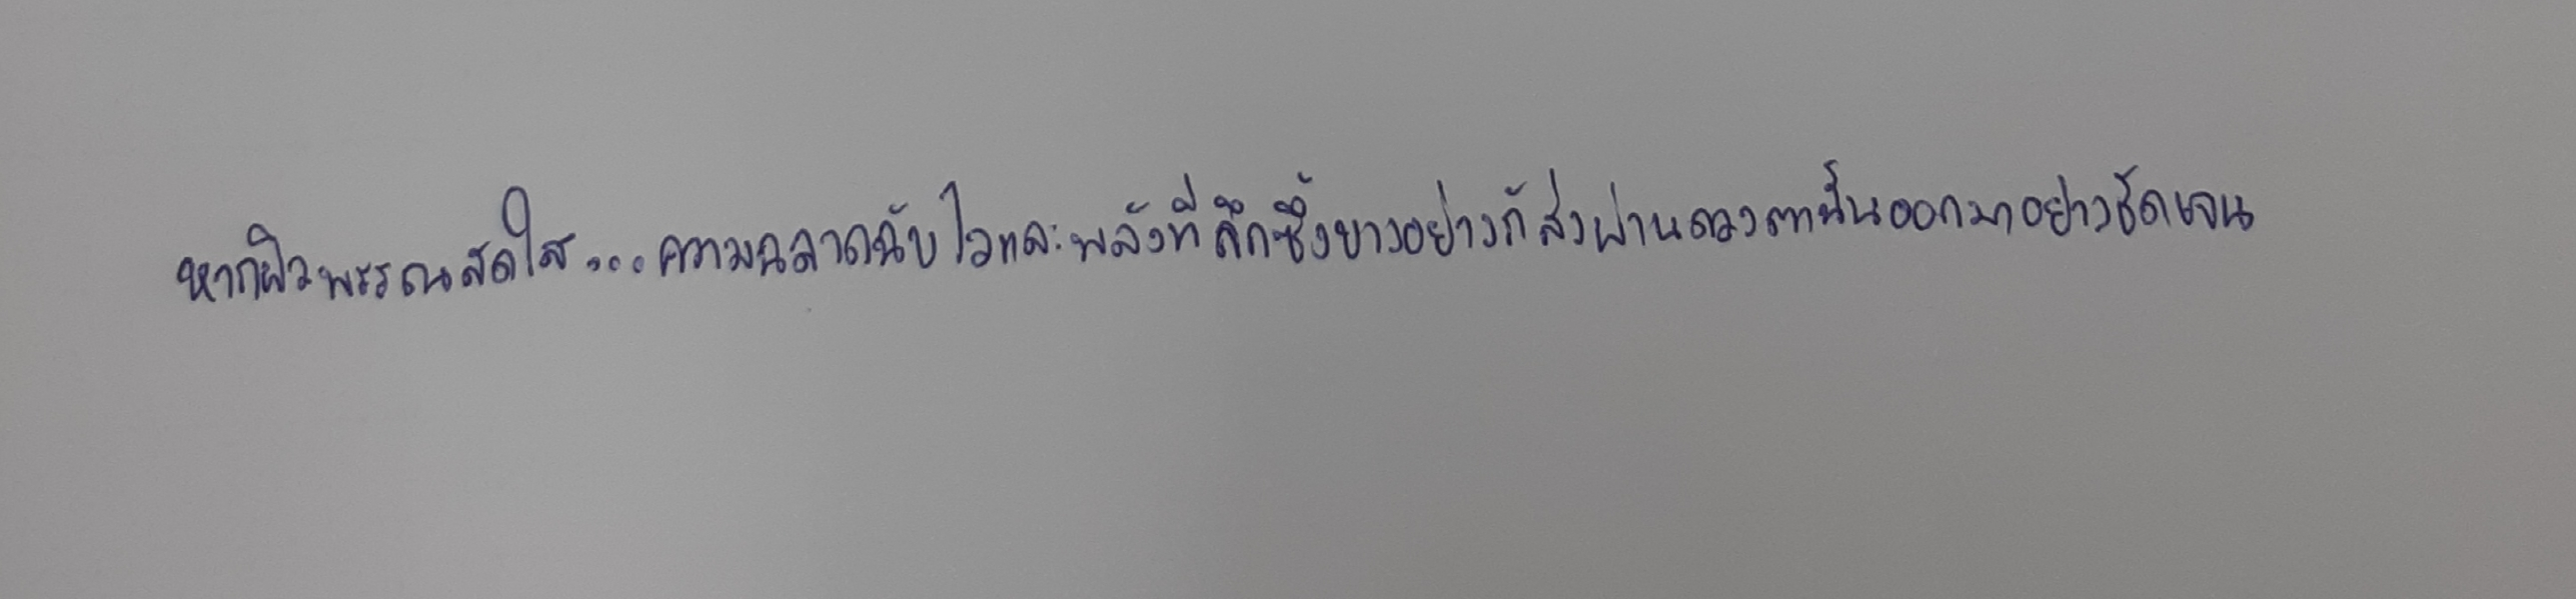
หากผิวพรรณสดใส...ความฉลาดฉับไวและพลังที่ลึกซึ้งบางอย่างก็ส่งผ่านดวงตานั้นออกมาอย่างชัดเจน